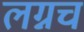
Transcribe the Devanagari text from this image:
लग्नच